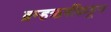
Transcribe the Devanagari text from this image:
ब्रम्हऋषींकडून